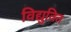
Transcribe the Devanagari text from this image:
विद्युतित